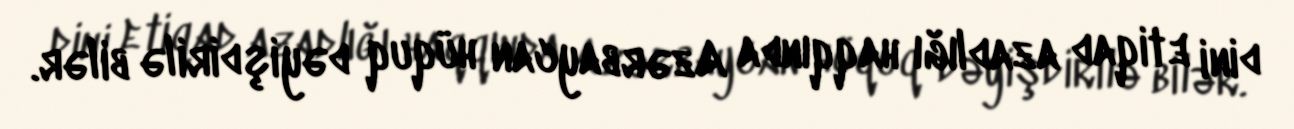
dini etiqad azadlığı haqqında Azərbaycan hüquq dəyişdirilə bilər.